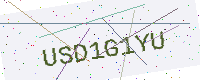
Text: USD1G1YU